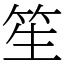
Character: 笙